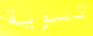
تسوية